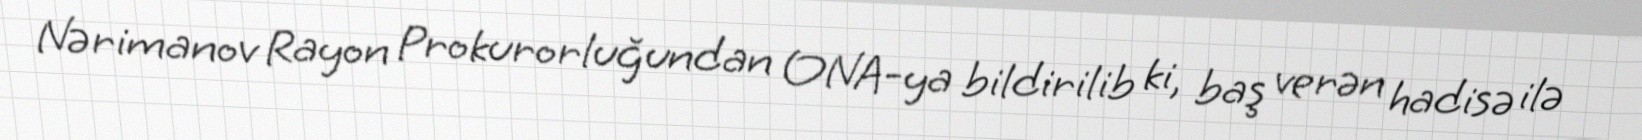
Nərimanov Rayon Prokurorluğundan ONA-ya bildirilib ki, baş verən hadisə ilə